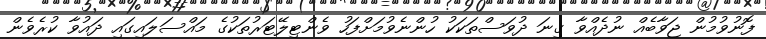
ފޮނުވުމުން ޖަވާބެއް ނުދެއްވާ ގިނަ ދުވަސްތަކަކު ހުންނެވުމަށްފަހު ވެންޓިލޭޓަރުތަކުގެ މައްސަލައިގައި ދައުވާ ކުރެވެން